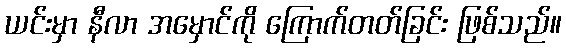
ယင်းမှာ နီလာ အမှောင်ကို ကြောက်တတ်ခြင်း ဖြစ်သည်။